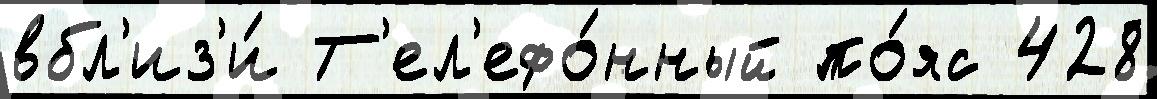
вбл'из'и́ Т'ел'ефо́нный по́яс 428